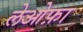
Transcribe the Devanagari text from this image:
लेओफ़ा